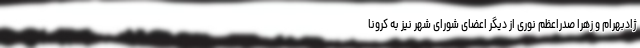
ژادبهرام و زهرا صدراعظم نوری از دیگر اعضای شورای شهر نیز به کرونا